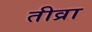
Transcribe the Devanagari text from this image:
तीव्रा